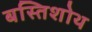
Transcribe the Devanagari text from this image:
बस्तिशोथ